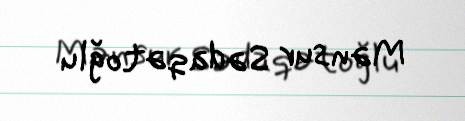
Mənsur Sədaqətoğlu